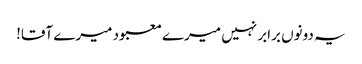
یہ دونوں برابر نہیں میرے معبود میرے آقا!